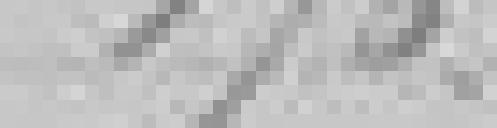
176